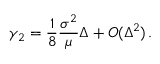
\gamma _ { 2 } = \frac { 1 } { 8 } \frac { \sigma ^ { 2 } } { \mu } \Delta + O ( \Delta ^ { 2 } ) \, .